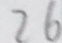
2 6